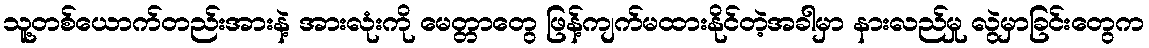
သူ့တစ်ယောက်တည်းအားနဲ့ အားလုံးကို မေတ္တာတွေ ဖြန့်ကျက်မထားနိုင်တဲ့အခါမှာ နားလည်မှု လွဲမှာခြင်းတွေက